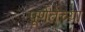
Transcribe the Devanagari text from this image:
पूर्णतेच्या